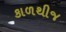
કાળથીજ